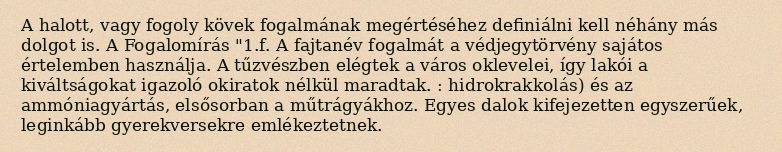
A halott, vagy fogoly kövek fogalmának megértéséhez definiálni kell néhány más dolgot is. A Fogalomírás "1.f. A fajtanév fogalmát a védjegytörvény sajátos értelemben használja. A tűzvészben elégtek a város oklevelei, így lakói a kiváltságokat igazoló okiratok nélkül maradtak. : hidrokrakkolás) és az ammóniagyártás, elsősorban a műtrágyákhoz. Egyes dalok kifejezetten egyszerűek, leginkább gyerekversekre emlékeztetnek.